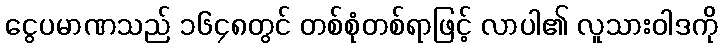
ငွေပမာဏသည် ၁၆၄၈တွင် တစ်စုံတစ်ရာဖြင့် လာပါ၏ လူသားဝါဒကို